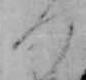
つ